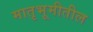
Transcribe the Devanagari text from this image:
मातृभूमीतील